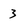
Character: 3